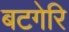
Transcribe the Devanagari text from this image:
बटगेरि